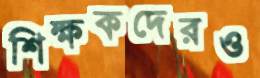
শিক্ষকদেরও